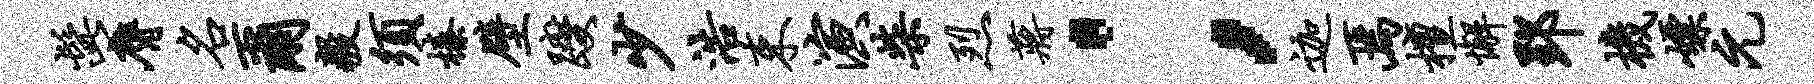
髭膺名尔毅须榛壁躞少浩束演柴烈蒋；迦焉檀懈郢机嫖元